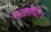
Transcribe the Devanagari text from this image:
प्रमोषीः।